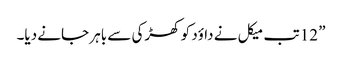
” 12 تب میکل نے داؤد کو کھڑکی سے باہر جانے دیا۔